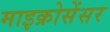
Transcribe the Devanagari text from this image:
माइक्रोसेंसर